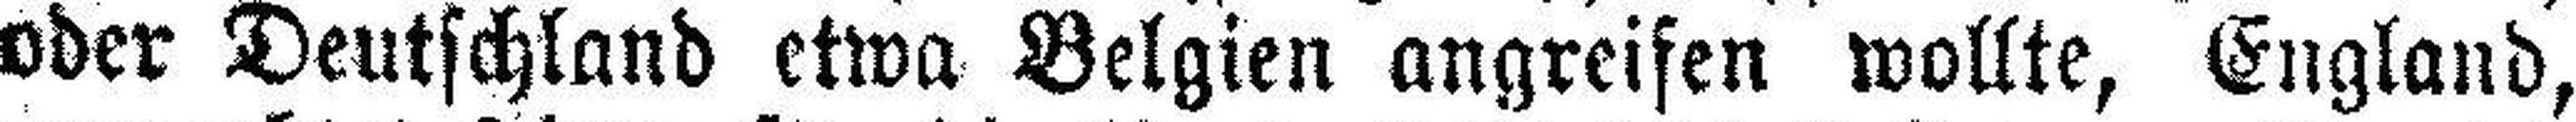
oder Deutschland etwa Belgien angreifen wollte, England,